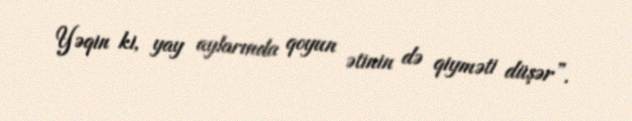
Yəqin ki, yay aylarında qoyun ətinin də qiyməti düşər”.